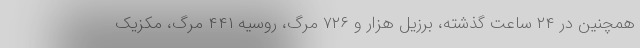
همچنین در ۲۴ ساعت گذشته، برزیل هزار و ۷۲۶ مرگ، روسیه ۴۴۱ مرگ، مکزیک